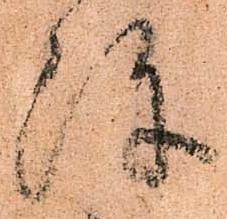
陣